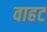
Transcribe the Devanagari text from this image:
वाहट